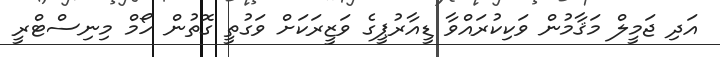
އަދި ޖަމީލް މަޤާމުން ވަކިކުރައްވާ ޑީއާރުޕީގެ ވަޒީރަކަށް ވަގުތީ ގޮތުން ހޯމް މިނިސްޓްރީ